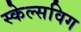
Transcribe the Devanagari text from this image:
स्केल्सविग